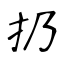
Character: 扔